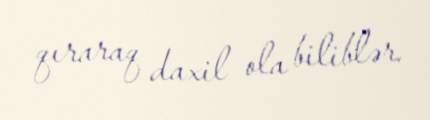
qıraraq daxil ola biliblər.